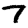
Digit: 7